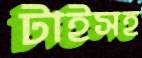
টাইসহ